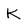
Character: K